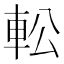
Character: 䡆